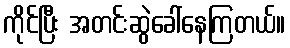
ကိုင်ပြီး အတင်းဆွဲခေါ်နေကြတယ်။